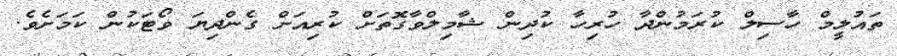
ތައުލީމް ހާސިލް ކުރަމުންދާ ހުރިހާ ކުދިން ޝާމިލްވާގޮތަށް ކުރިއަށް ގެންދިޔަ ވޯޓަކުން ކަމަށެވެ.